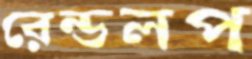
রেন্ডলপ